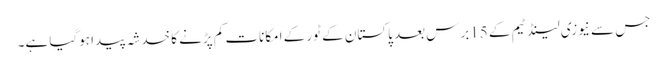
جس سے نیوزی لینڈ ٹیم کے 15برس بعد پاکستان کے ٹور کے امکانات کم پڑنے کا خدشہ پیدا ہوگیا ہے۔